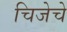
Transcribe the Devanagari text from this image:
चिजेचे